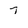
Character: 7